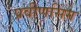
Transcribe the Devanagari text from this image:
प्रवीणसिंग